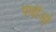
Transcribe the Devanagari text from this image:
पत्नीओं